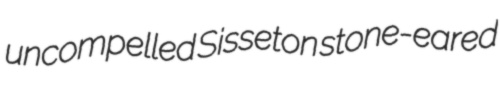
uncompelled Sisseton stone-eared